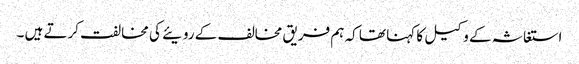
استغاثہ کے وکیل کا کہنا تھا کہ ہم فریق مخالف کے رویئے کی مخالفت کرتے ہیں ۔